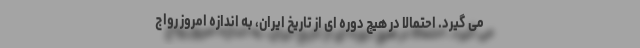
می گیرد. احتمالاً در هیچ دوره ای از تاریخ ایران، به اندازه امروز رواج